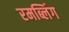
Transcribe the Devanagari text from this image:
रमब्लिंग